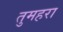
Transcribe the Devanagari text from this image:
तुमहरा